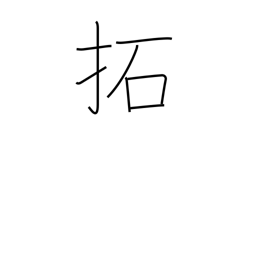
Meaning: break up (land)